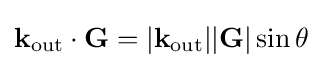
\mathbf {k} _{\mathrm {out} }\cdot \mathbf {G} =|\mathbf {k} _{\mathrm {out} }||\mathbf {G} |\sin \theta